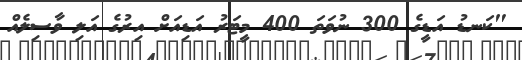
"ކަނޑު އަޑީގެ 300 ނުވަތަ 400 މީޓަރު އަޑިއަށް އިރުގެ އަލި ވާސިލެއް